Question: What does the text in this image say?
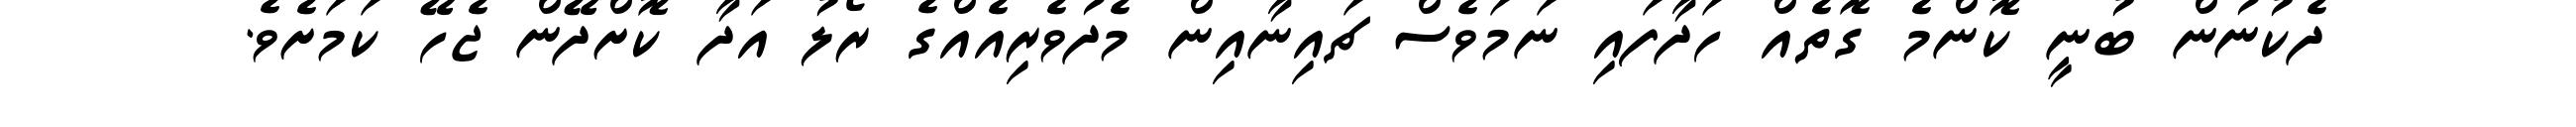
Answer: ދެކުނުން ބުނީ ކޮންމެ ގޮތެއް ހަދާފައި ނަމަވެސް ޗައިނާއިން މެދުވެރިއެއްގެ ރޯލު އަދާ ކޮށްދޭން ޖެހޭ ކަމަށެވެ.